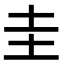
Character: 圭